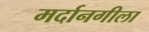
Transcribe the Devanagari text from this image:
मर्दानगीला